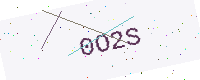
Text: 0O2S